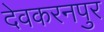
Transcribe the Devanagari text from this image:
देवकरनपुर